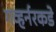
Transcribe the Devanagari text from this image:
गव्हर्नरकडे